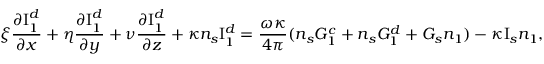
\xi \frac { \ensuremath { \partial } \mathrm { I } _ { 1 } ^ { d } } { \ensuremath { \partial } x } + \eta \frac { \ensuremath { \partial } \mathrm { I } _ { 1 } ^ { d } } { \ensuremath { \partial } y } + \nu \frac { \ensuremath { \partial } \mathrm { I } _ { 1 } ^ { d } } { \ensuremath { \partial } z } + \kappa n _ { s } \mathrm { I } _ { 1 } ^ { d } = \frac { \omega \kappa } { 4 \pi } ( n _ { s } G _ { 1 } ^ { c } + n _ { s } G _ { 1 } ^ { d } + G _ { s } n _ { 1 } ) - \kappa \mathrm { I } _ { s } n _ { 1 } ,